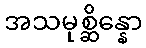
အသမုစ္ဆိန္နော